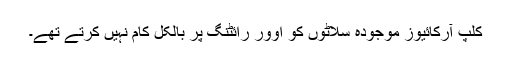
کلپ آرکائیوز موجودہ سلاٹوں کو اوور رائٹنگ پر بالکل کام نہیں کرتے تھے۔